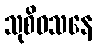
သုစိဝသနေ